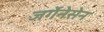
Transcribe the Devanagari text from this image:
जर्गेनेसेन